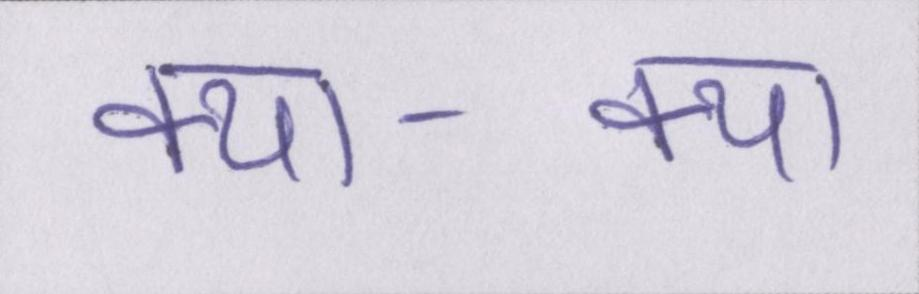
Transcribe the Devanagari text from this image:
क्या-क्या